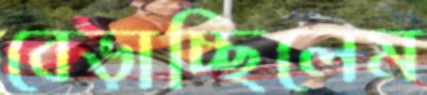
বেড়াচ্ছিলেম